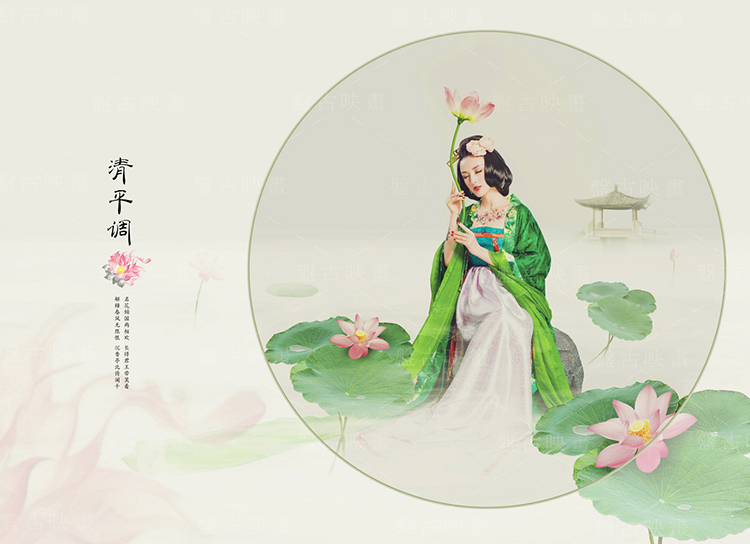
水天清话，院静人销夏。